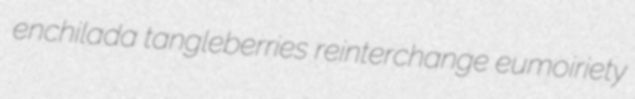
enchilada tangleberries reinterchange eumoiriety